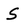
Character: S